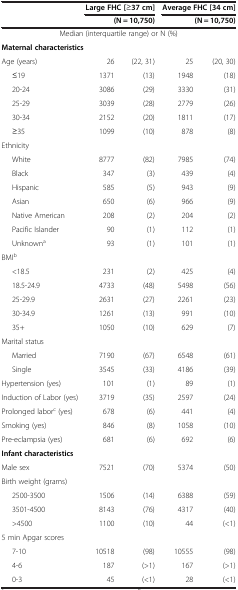
<table><thead><tr><td rowspan="2"><b> </b></td><td colspan="2"><b>Large FHC [≥37 cm]</b></td><td colspan="2"><b>Average FHC [34 cm]</b></td></tr><tr><td colspan="2"><b>(N = 10,750)</b></td><td colspan="2"><b>(N = 10,750)</b></td></tr></thead><tbody><tr><td colspan="5">Median (interquartile range) or N (%)</td></tr><tr><td colspan="5"><b>Maternal characteristics</b></td></tr><tr><td>Age (years)</td><td>26</td><td>(22, 31)</td><td>25</td><td>(20, 30)</td></tr><tr><td>≤19</td><td>1371</td><td>(13)</td><td>1948</td><td>(18)</td></tr><tr><td>20-24</td><td>3086</td><td>(29)</td><td>3330</td><td>(31)</td></tr><tr><td>25-29</td><td>3039</td><td>(28)</td><td>2779</td><td>(26)</td></tr><tr><td>30-34</td><td>2152</td><td>(20)</td><td>1811</td><td>(17)</td></tr><tr><td>≥35</td><td>1099</td><td>(10)</td><td>878</td><td>(8)</td></tr><tr><td colspan="5">Ethnicity</td></tr><tr><td>White</td><td>8777</td><td>(82)</td><td>7985</td><td>(74)</td></tr><tr><td>Black</td><td>347</td><td>(3)</td><td>439</td><td>(4)</td></tr><tr><td>Hispanic</td><td>585</td><td>(5)</td><td>943</td><td>(9)</td></tr><tr><td>Asian</td><td>650</td><td>(6)</td><td>966</td><td>(9)</td></tr><tr><td>Native American</td><td>208</td><td>(2)</td><td>204</td><td>(2)</td></tr><tr><td>Pacific Islander</td><td>90</td><td>(1)</td><td>112</td><td>(1)</td></tr><tr><td>Unknown<sup>a</sup></td><td>93</td><td>(1)</td><td>101</td><td>(1)</td></tr><tr><td colspan="5">BMI<sup>b</sup></td></tr><tr><td>&lt;18.5</td><td>231</td><td>(2)</td><td>425</td><td>(4)</td></tr><tr><td>18.5-24.9</td><td>4733</td><td>(48)</td><td>5498</td><td>(56)</td></tr><tr><td>25-29.9</td><td>2631</td><td>(27)</td><td>2261</td><td>(23)</td></tr><tr><td>30-34.9</td><td>1261</td><td>(13)</td><td>991</td><td>(10)</td></tr><tr><td>35+</td><td>1050</td><td>(10)</td><td>629</td><td>(7)</td></tr><tr><td colspan="5">Marital status</td></tr><tr><td>Married</td><td>7190</td><td>(67)</td><td>6548</td><td>(61)</td></tr><tr><td>Single</td><td>3545</td><td>(33)</td><td>4186</td><td>(39)</td></tr><tr><td>Hypertension (yes)</td><td>101</td><td>(1)</td><td>89</td><td>(1)</td></tr><tr><td>Induction of Labor (yes)</td><td>3719</td><td>(35)</td><td>2597</td><td>(24)</td></tr><tr><td>Prolonged labor<sup>c</sup> (yes)</td><td>678</td><td>(6)</td><td>441</td><td>(4)</td></tr><tr><td>Smoking (yes)</td><td>846</td><td>(8)</td><td>1058</td><td>(10)</td></tr><tr><td>Pre-eclampsia (yes)</td><td>681</td><td>(6)</td><td>692</td><td>(6)</td></tr><tr><td colspan="5"><b>Infant characteristics</b></td></tr><tr><td>Male sex</td><td>7521</td><td>(70)</td><td>5374</td><td>(50)</td></tr><tr><td colspan="5">Birth weight (grams)</td></tr><tr><td>2500-3500</td><td>1506</td><td>(14)</td><td>6388</td><td>(59)</td></tr><tr><td>3501-4500</td><td>8143</td><td>(76)</td><td>4317</td><td>(40)</td></tr><tr><td>&gt;4500</td><td>1100</td><td>(10)</td><td>44</td><td>(&lt;1)</td></tr><tr><td colspan="5">5 min Apgar scores</td></tr><tr><td>7-10</td><td>10518</td><td>(98)</td><td>10555</td><td>(98)</td></tr><tr><td>4-6</td><td>187</td><td>(&gt;1)</td><td>167</td><td>(&gt;1)</td></tr><tr><td>0-3</td><td>45</td><td>(&lt;1)</td><td>28</td><td>(&lt;1)</td></tr></tbody></table>